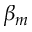
\beta _ { m }